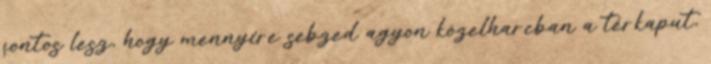
fontos lesz, hogy mennyire sebzed agyon közelharcban a térkaput,